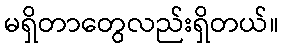
မရှိတာတွေလည်းရှိတယ်။